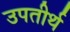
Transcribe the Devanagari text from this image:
उपतीर्थ